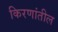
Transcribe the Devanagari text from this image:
किरणांतील